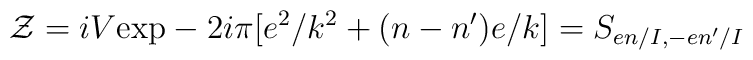
{\cal Z}=iV\mbox{exp}-2i\pi[e^{2}/k^{2}+(n-n')e/k]=S_{en/I,-en'/I}